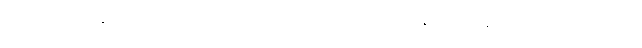
လက်ရှိမှာနေမာဟာ ဒဏ်ရာပြဿနာတွေကြောင့်အနားယူနေရတာဖြစ်ပါတယ်။